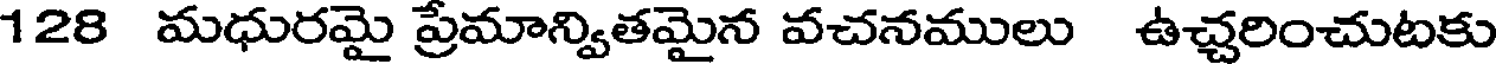
128 మధురమై ప్రేమాన్వితమైన వచనములు ఉచ్చరించుటకు